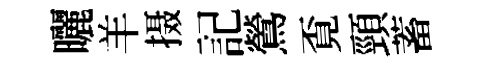
曬羊摄記鶯覔頸蓄